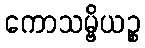
ကောသမ္ဗိယဉ္စ